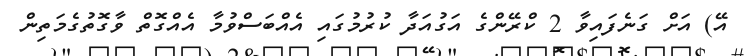
އޭ) އަށް ގަނެފައިވާ 2 ކްރޭންގެ އަގުއަދާ ކުރުމުގައި އެއްބަސްވުމާ އެއްގޮތް ވާގޮތުގެމަތިން